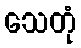
သေတုံ